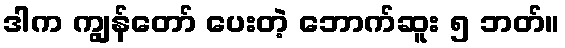
ဒါက ကျွန်တော် ပေးတဲ့ ဘောက်ဆူး ၅ ဘတ်။